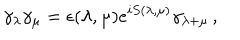
LaTeX: \gamma _ { \lambda } \gamma _ { \mu } = \epsilon ( \lambda , \mu ) e ^ { i S ( \lambda , \mu ) } \gamma _ { \lambda + \mu } \, ,